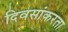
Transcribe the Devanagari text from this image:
दिवसांकरता